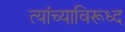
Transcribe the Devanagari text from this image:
त्यांच्याविरूध्द